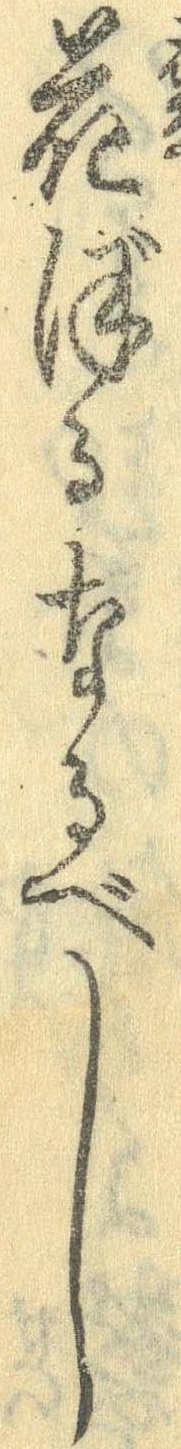
花ぼるなるべし